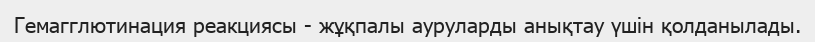
Гемагглютинация реакциясы - жұқпалы ауруларды анықтау үшін қолданылады.